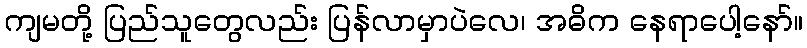
ကျမတို့ ပြည်သူတွေလည်း ပြန်လာမှာပဲလေ၊ အဓိက နေရာပေါ့နော်။